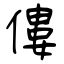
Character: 僂